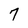
Character: 7